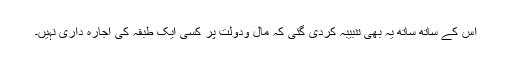
اس کے ساتھ ساتھ یہ بھی تنبیبہ کردی گئی کہ مال ودولت پر کسی ایک طبقہ کی اجارہ داری نہیں۔